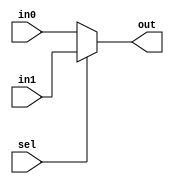
module mux2X1( in0,in1,sel,out);
input in0,in1;
input sel;
output out;
assign out=(sel)?in1:in0;
endmodule